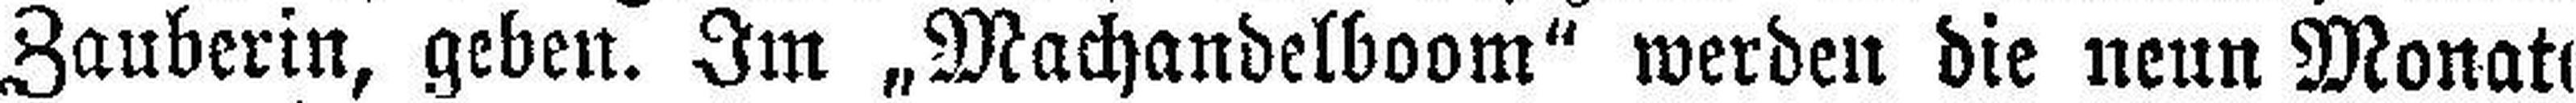
Zauberin, geben. Im „Machandelboom“ werden die neun Monat###